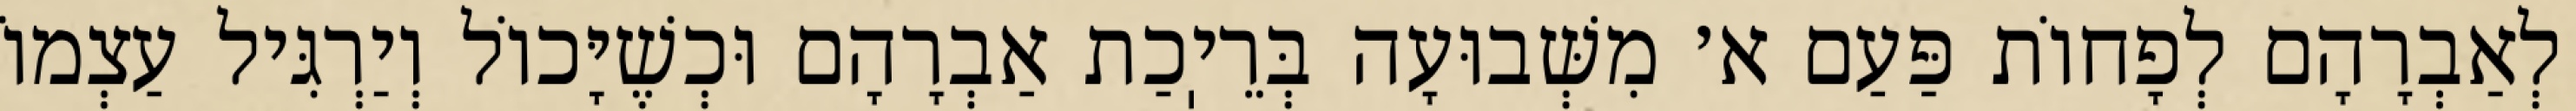
לְאַבְרָהָם לְפָחוֹת פַּעַם א׳ מִשְּׁבוּעָה בְּרֵיֽכַת אַבְרָהָם וּכְשֶׁיָּכוֹל וְיַרְגִּיל עַצְמוֹ